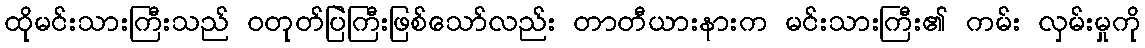
ထိုမင်းသားကြီးသည် ဝတုတ်ပြဲကြီးဖြစ်သော်လည်း တာတီယားနားက မင်းသားကြီး၏ ကမ်း လှမ်းမှုကို